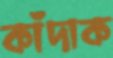
কাঁদাক